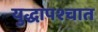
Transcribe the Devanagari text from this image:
युद्धापश्चात